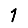
Digit: 1